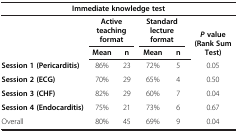
| <COLSPAN=6> Immediate knowledge test |
 | <ROWSPAN=2>  | <COLSPAN=2> Active teaching format | <COLSPAN=2> Standard lecture format | <ROWSPAN=2> P value (Rank Sum Test) |
 | Mean | n | Mean | n |
 | --- | --- | --- | --- | --- | --- |
 | Session 1 (Pericarditis) | 86% | 23 | 72% | 5 | 0.05 |
 | Session 2 (ECG) | 70% | 29 | 65% | 4 | 0.50 |
 | Session 3 (CHF) | 82% | 29 | 60% | 7 | 0.04 |
 | Session 4 (Endocarditis) | 75% | 21 | 73% | 6 | 0.67 |
 | Overall | 80% | 45 | 69% | 9 | 0.04 |